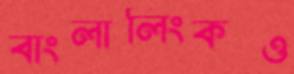
বাংলালিংকও